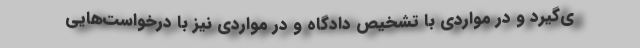
ی‌گیرد و در مواردی با تشخیص دادگاه و در مواردی نیز با درخواست‌هایی